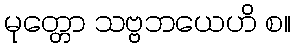
မုတ္တော သဗ္ဗဘယေဟိ စ။